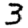
Digit: 3